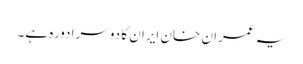
یہ عمران خان ایران کا دوسرا دورہ ہے۔